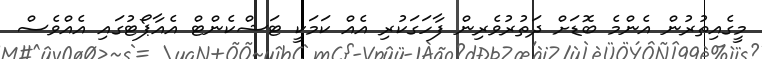
މީގެއިތުރުން އެންމެ ބޮޑަށް ދަތުރުވެރިން ފާހަގަކުރި އެއް ކަމަކީ ޓަޝްކެންޓް އެއާޕޯޓުގައި އެއްވެސް